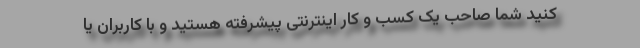
کنید شما صاحب یک کسب و کار اینترنتی پیشرفته هستید و با کاربران یا